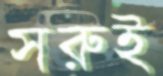
সরুই